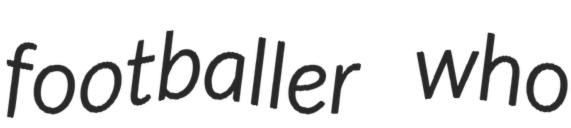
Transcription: footballer who